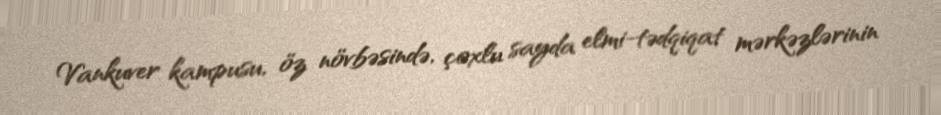
Vankuver kampusu, öz növbəsində, çoxlu sayda elmi-tədqiqat mərkəzlərinin